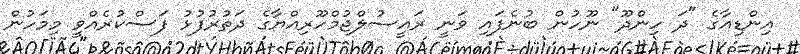
އިންޑިއާގެ "ދަ ހިންދޫ" ނޫހުން ބުނެފައި ވަނީ ރައީސުލްޖުމްހޫރިއްޔާގެ ދަތުރުފުޅު ފަސްކުރެއްވީ މިމަހުން